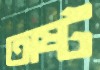
অষ্ট